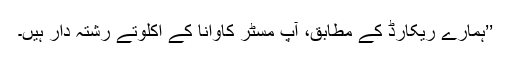
’’ہمارے ریکارڈ کے مطابق، آپ مسٹر کاوانا کے اکلوتے رشتہ دار ہیں۔